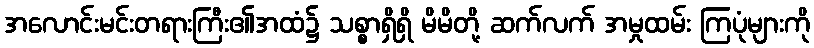
အလောင်းမင်းတရားကြီး၏အထံ၌ သစ္စာရှိရှိ မိမိတို့ ဆက်လက် အမှုထမ်း ကြပုံများကို